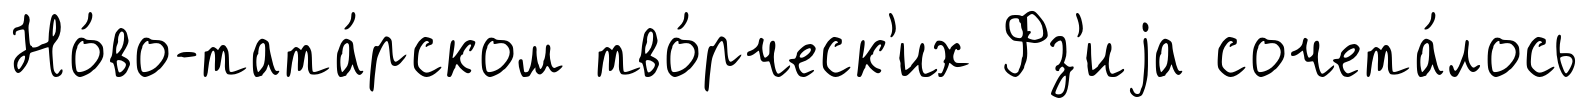
Но́во-тата́рском тво́рческ'их Фз'иjа сочета́лось